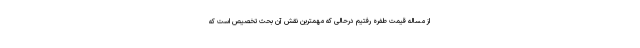
از مساله قیمت طفره رفتیم درحالی که مهمترین نقش آن بحث تخصیص است که